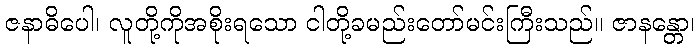
ဇနာဓိပေါ၊ လူတို့ကိုအစိုးရသော ငါတို့ခမည်းတော်မင်းကြီးသည်။ ဇာနန္တော၊